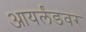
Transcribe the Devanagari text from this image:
आयर्लंडवर